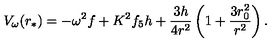
V _ { \omega } ( r _ { * } ) = - \omega ^ { 2 } f + K ^ { 2 } f _ { 5 } h + { \frac { 3 h } { 4 r ^ { 2 } } } \left( 1 + { \frac { 3 r _ { 0 } ^ { 2 } } { r ^ { 2 } } } \right) .